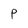
Character: P